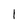
Character: 1